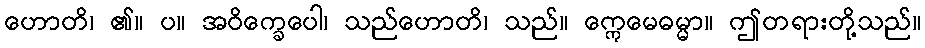
ဟောတိ၊ ၏။ ပ။ အဝိက္ခေပေါ၊ သည်ဟောတိ၊ သည်။ ဣေမေဓမ္မာ။ ဤတရားတို့သည်။